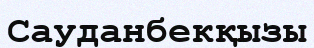
Сауданбекқызы